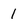
Character: 1